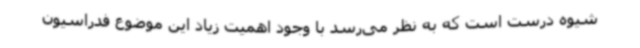
شیوه درست است که به نظر می‌رسد با وجود اهمیت زیاد این موضوع فدراسیون